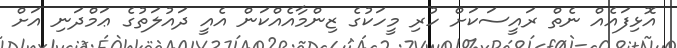
އޮޅިފައެއް ނެތް ރައީސަކަށް ހުރި މީހަކުގެ ޒިންމާއެއްކަން އެއީ ދައުލަތުގެ ޢަމްދަނި އަށް